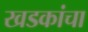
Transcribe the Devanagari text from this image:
खडकांचा